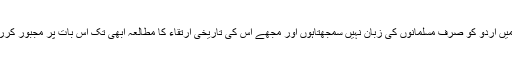
یہاں میں یہ بات نہایت صراحت سے کہدینا چاہتا ہوں کہ میں اردو کو صرف مسلمانوں کی زبان نہیں سمجھتاہوں اور مجھے اس کی تاریخی ارتقاء کا مطالعہ ابھی تک اس بات پر مجبور کررہا ہے کہ میں اسے صرف مسلمان قوم کی زبان سمجھوں۔